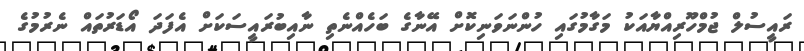
ރައީސުލް ޖުމްހޫރިއްޔާއަކު މަގާމުގައި ހުންނަވަނިކޮށް އޭނާގެ ބަހެއްނެތި ނާއިބުރައީސަކަށް އެފަދަ އޯޑަރުތައް ނެރުމުގެ